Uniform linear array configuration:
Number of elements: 16
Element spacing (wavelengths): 0.75
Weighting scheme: binomial
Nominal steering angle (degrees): -30
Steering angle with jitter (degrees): -29.954
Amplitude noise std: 0.05
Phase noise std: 0.05

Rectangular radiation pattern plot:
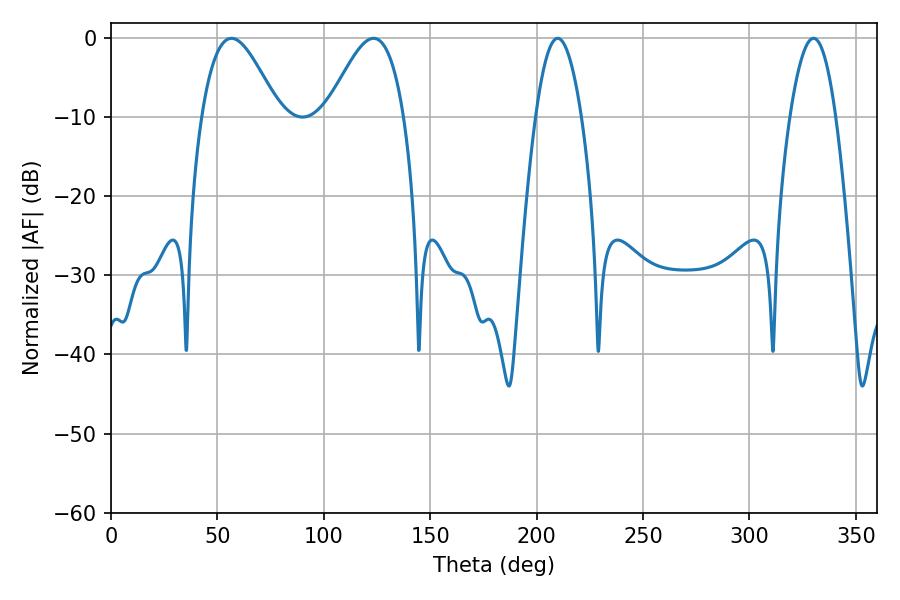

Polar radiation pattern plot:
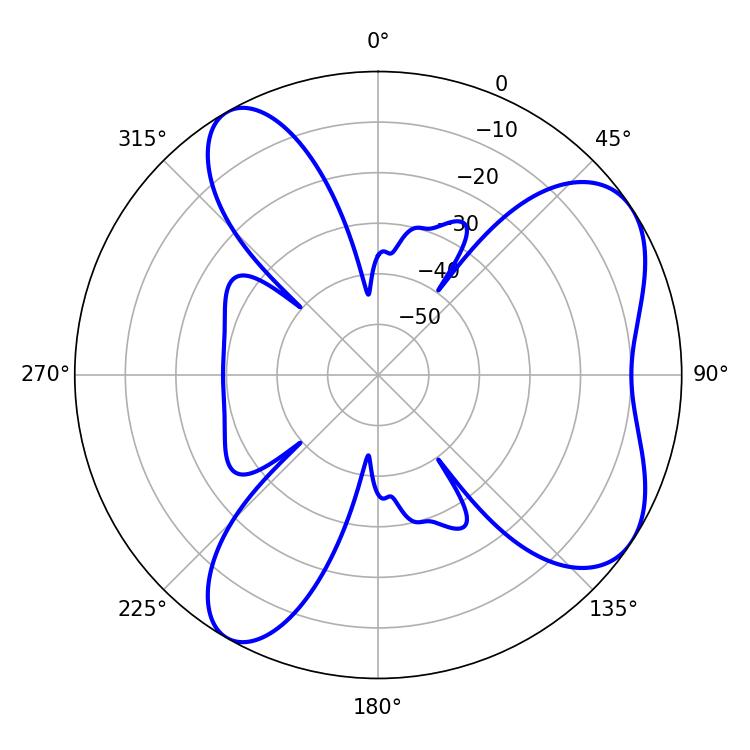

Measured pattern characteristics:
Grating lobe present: TRUE
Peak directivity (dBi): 6.573
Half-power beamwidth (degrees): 11.7
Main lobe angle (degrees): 209.88